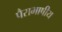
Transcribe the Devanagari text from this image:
पैराभाषीय